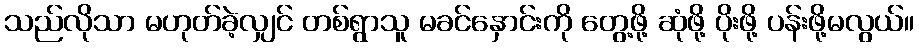
သည်လိုသာ မဟုတ်ခဲ့လျှင် တစ်ရွာသူ မခင်နှောင်းကို တွေ့ဖို့ ဆုံဖို့ ပိုးဖို့ ပန်းဖို့မလွယ်။